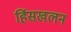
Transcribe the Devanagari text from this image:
हिंसखलन